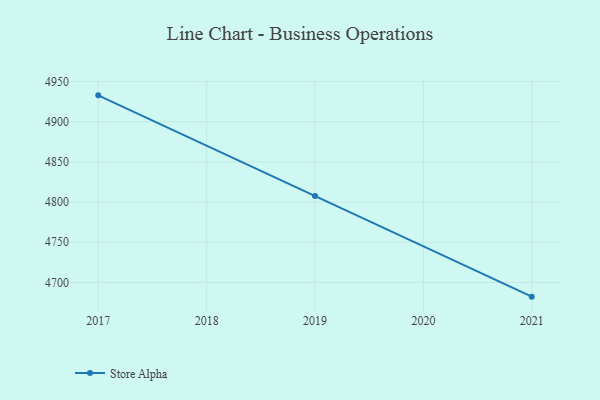
{"axis": {"x": "Year", "y": "Satisfaction Score"}, "legend": ["Store Alpha"], "data": [{"x": "2021", "y": 4682.3, "type": "Store Alpha"}, {"x": "2019", "y": 4807.5, "type": "Store Alpha"}, {"x": "2017", "y": 4932.9, "type": "Store Alpha"}]}